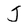
Character: J